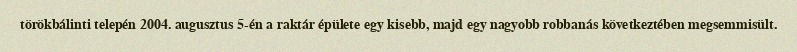
törökbálinti telepén 2004. augusztus 5-én a raktár épülete egy kisebb, majd egy nagyobb robbanás következtében megsemmisült.